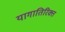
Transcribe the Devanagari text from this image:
यागातिरिक्त